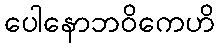
ပေါနောဘဝိကေဟိ